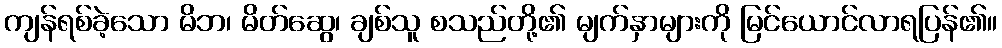
ကျန်ရစ်ခဲ့သော မိဘ၊ မိတ်ဆွေ၊ ချစ်သူ စသည်တို့၏ မျက်နှာများကို မြင်ယောင်လာရပြန်၏။